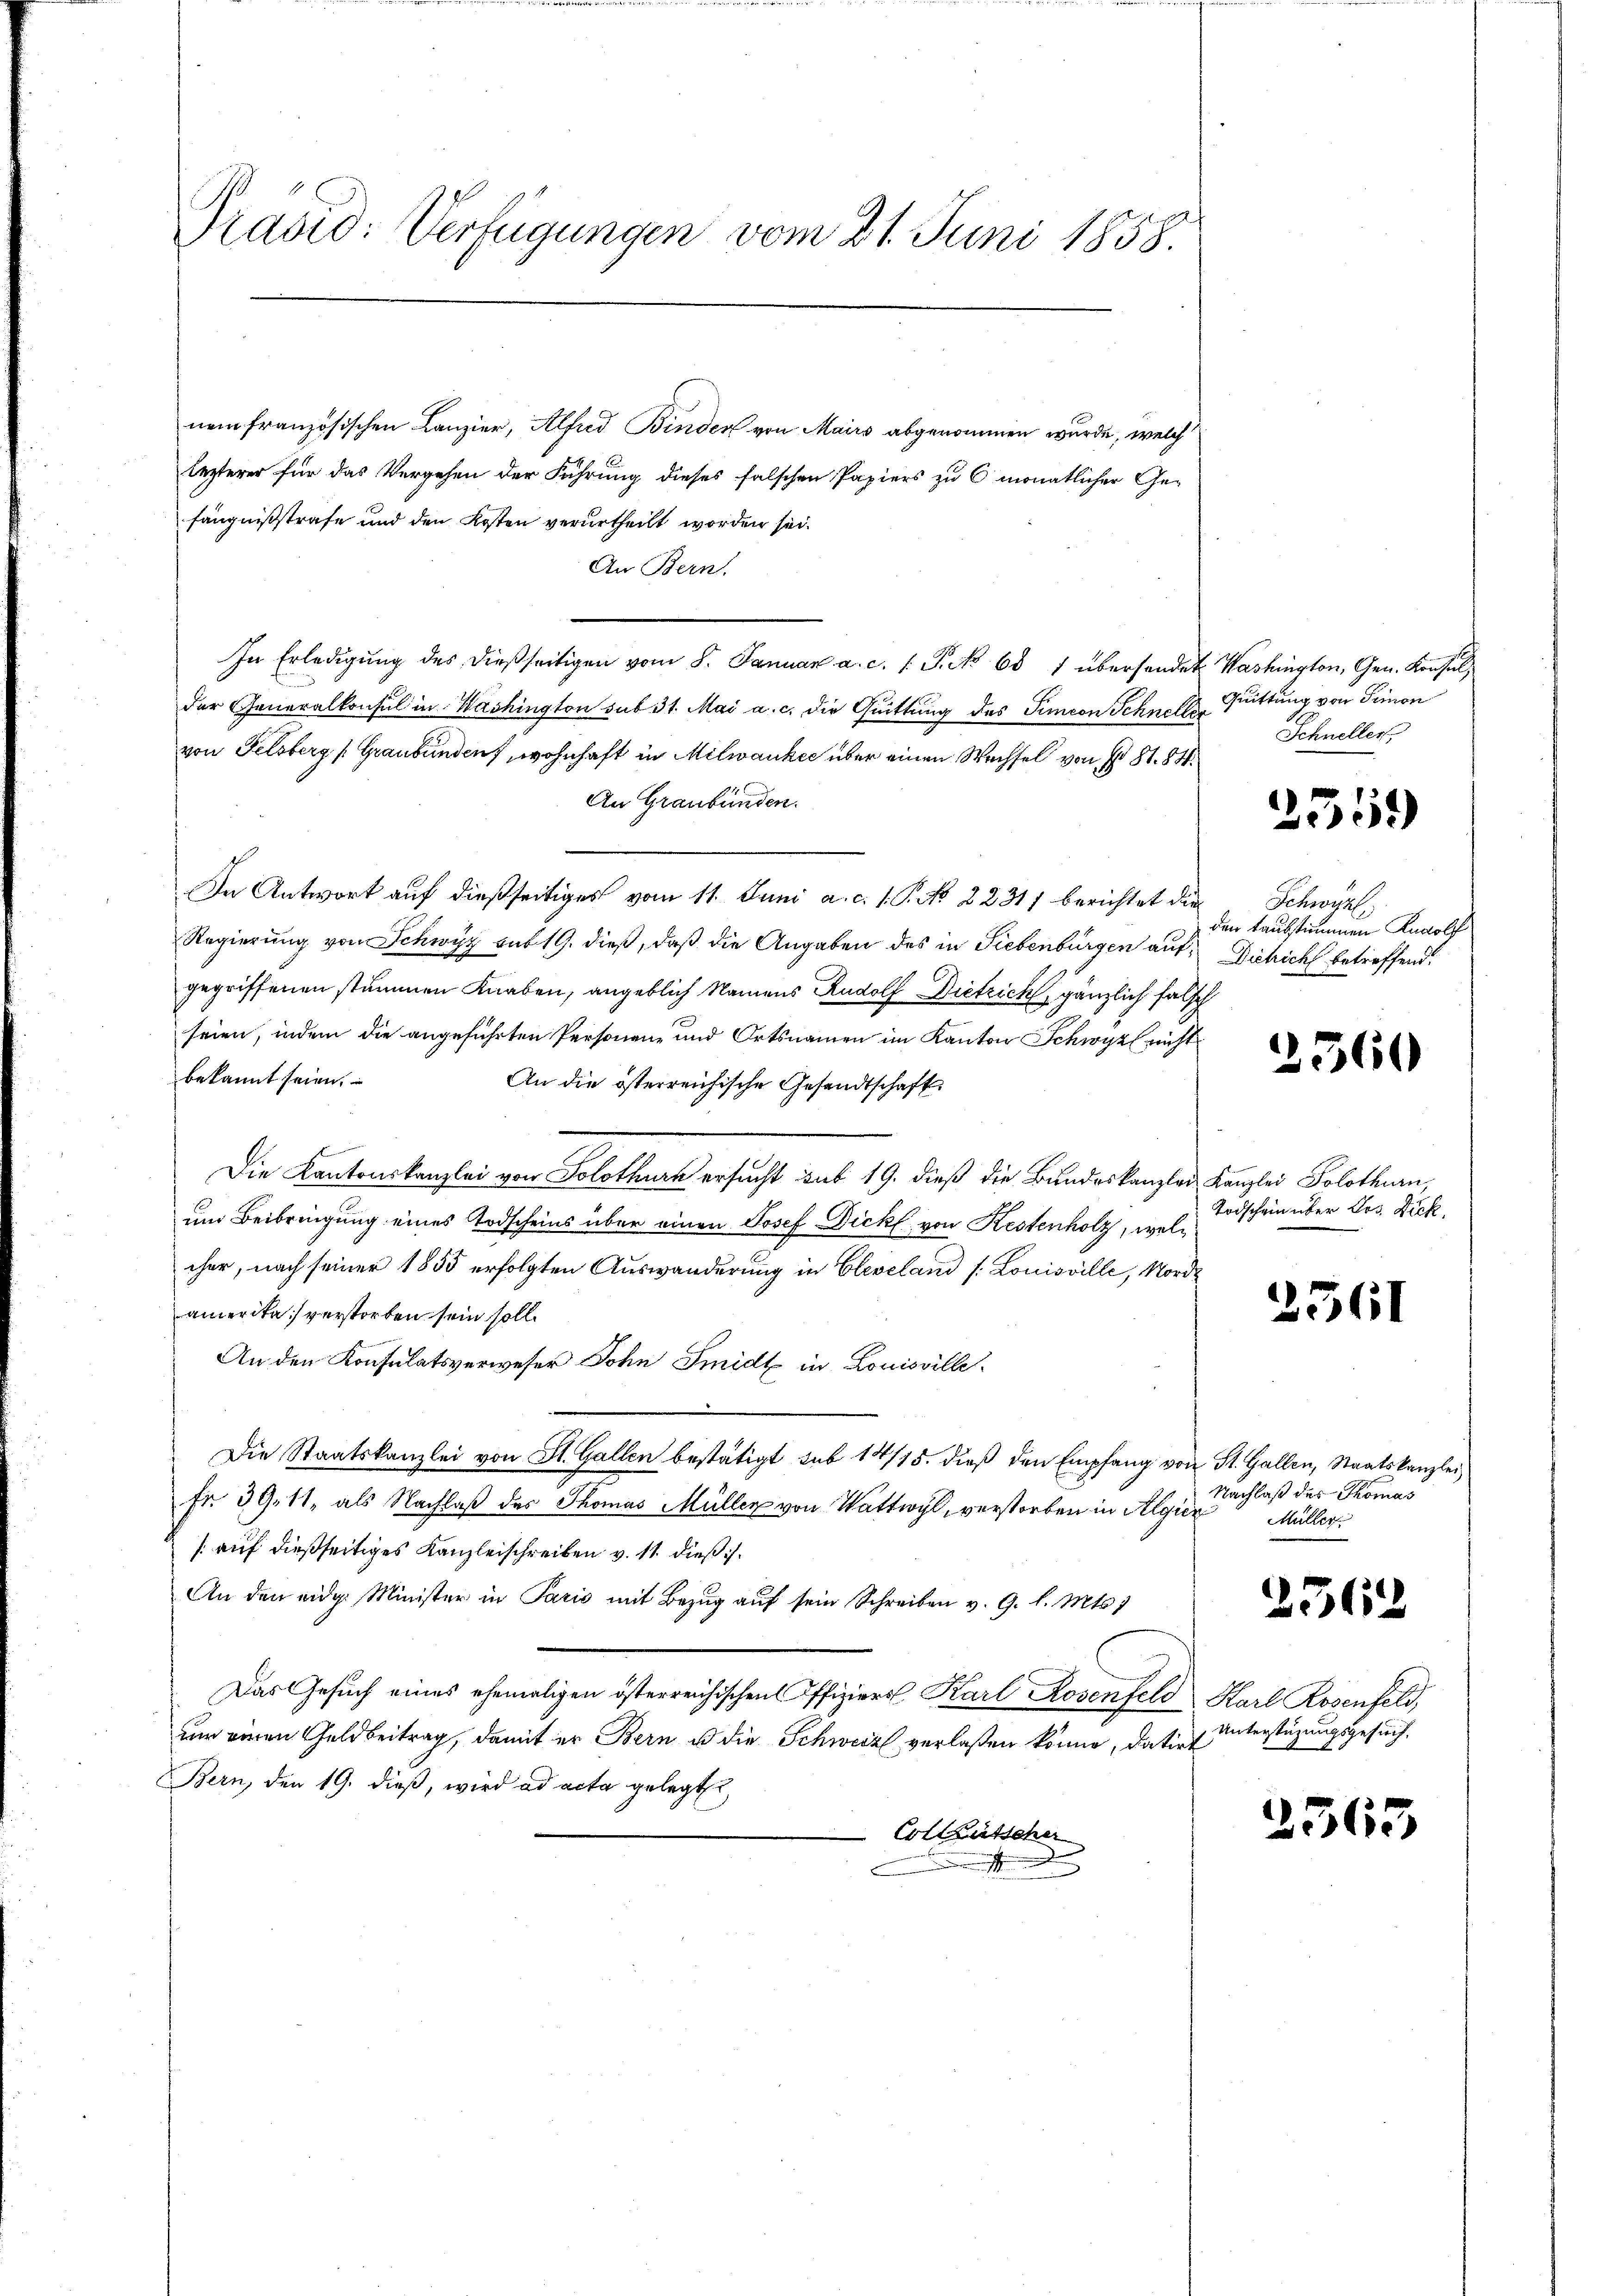
Präsid: Verfügungen vom 21. Juni 1858.

nem französischen Canzier, Alfred Binder von Mairs abgenommen wurde, welch
lezterer für das Vergehen der Führung dieses falschen Papiers zu 6 monatlicher Ge-
fängnißstrafe und den Kosten verurtheilt worden sei.
An Bern
In Erledigŭng des dießseitigen vom 8. Januar a. c. s. S. 687 übersendet Washington, Gen. Konsul,
der Generalkonsul in Washington sub 31. Mai a. c. die Quittung des Simeon Schne Er Gittung von Simon
von Felsberg (Graubünden, wohnhaft in Milwanke über einen Wechsel von Fr. 81. 88.
An Graubünden.
In Antwort auf dießseitiges vom 11. Juni a. c. 1. P. No 2231) berichtet die Schwyz,
Regierung von Schwyz sub 19. dieß, daß die Angaben des in Liebenbürgen auf Dichich betreffend
gegriffenen stummen Knaben, angeblich Namens Rudolf Dietrich, gänzlich falsch
seien, indem die angeführten Personenz und Ortsnamen im Kanton Schwyz nicht
bekannt seien.
An die österreichische Gesandtschaft
Die Kantonskanzlei von Solothurn ersucht aus 19. dieß die Bundeskanzlau Kanzlei Solothurn,
um Beibringung eines Todscheins über einen Josef Dick von Kestenholz, welcher, nach seiner 1855 erfolgten Auswanderung in Cleveland /: Louisville, Nordamerika verstorben sein soll.
An den Konsulatsverweser Sohn Smidt in Louisville¬
Die Staatskanzlei von St. Gallen bestätigt sub 14/15. dieß den Empfang von St. Gallen, Staatskanzlei
Fr. 39. 11, als Nachlaß des Thomas Müller von Wattwyl, verstorben in Algier
] auf dießseitiges Kanzleischreiben v. 11. dieß is
An den eidg. Minister in Paris mit Bezug auf sein Schreiben v. G. l. Mts. )
Das Gesuch eines ehemaligen österreichischen Offiziers Karl Rosenfeld Karl Rosenfeld,
um einen Geldbeitrag, damit er Bern u die Schweiz verlaßen könne, datirt
Bern, den 19. dieß, wird ad acta gelegt,
 Collautscher
i

Schneller

2559

den taubstimmen Rudolf

2360

Todschein über Jos. Dick,

2561

Nachlaß des Thomas
Müller.

2562

Unterstüzungsgesuch,

2365